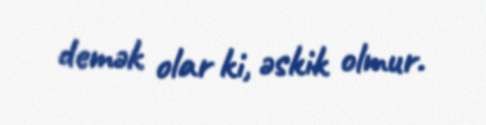
demək olar ki, əskik olmur.